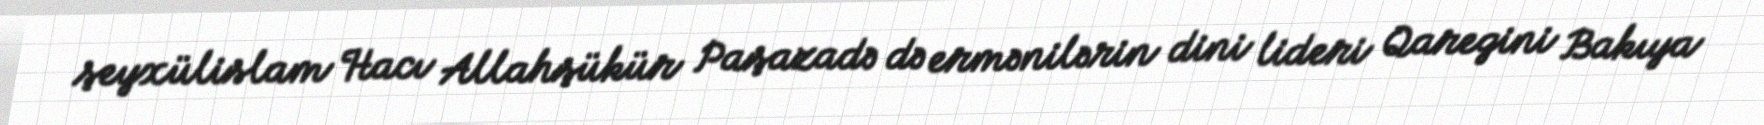
şeyxülislam Hacı Allahşükür Paşazadə də ermənilərin dini lideri Qaregini Bakıya